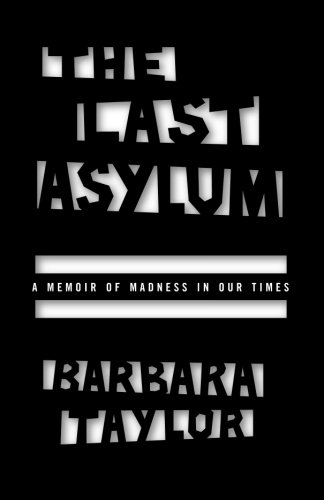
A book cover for The Last Asylum: A Memoir of Madness in Our Times; Barbara Taylor; Medical Books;